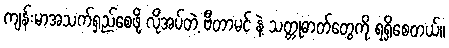
ကျန်းမာအသက်ရှည်စေဖို့ လိုအပ်တဲ့ ဗီတာမင် နဲ့ သတ္တုဓာတ်တွေကို ရရှိစေတယ်။